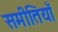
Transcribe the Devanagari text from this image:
समीतियाँ